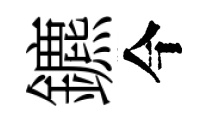
鑣今